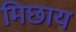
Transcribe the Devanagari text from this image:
मिछाय